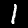
Label: 1